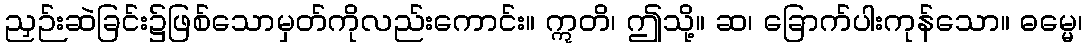
ညှဉ်းဆဲခြင်း၌ဖြစ်သောမှတ်ကိုလည်းကောင်း။ ဣတိ၊ ဤသို့။ ဆ၊ ခြောက်ပါးကုန်သော။ ဓမ္မေ၊